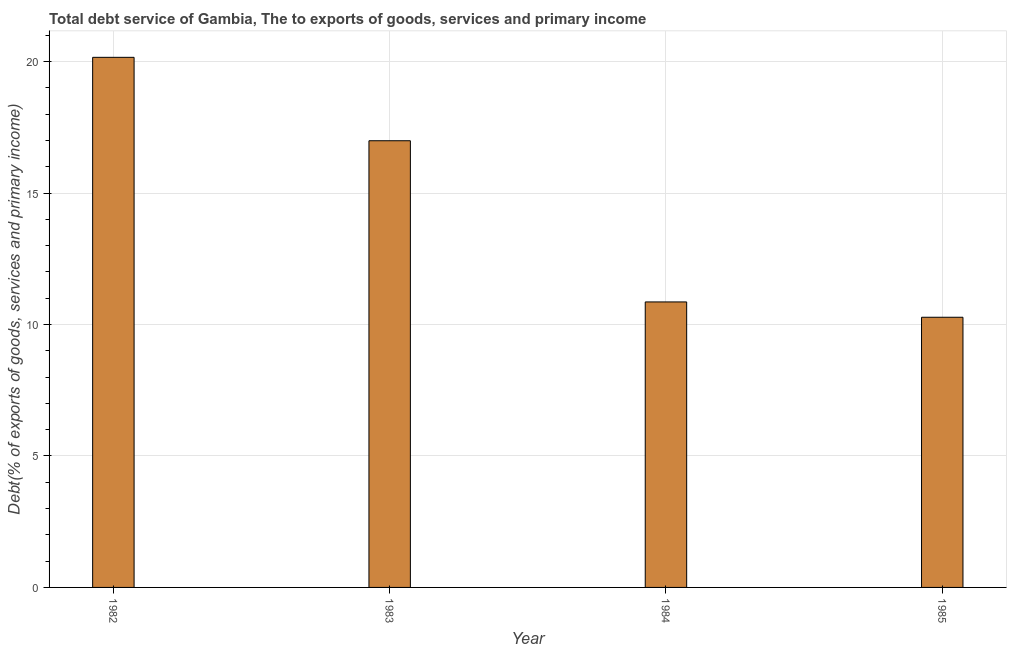
| Year | Total debt service |
 | --- | --- |
 | 1982 | 20.2 |
 | 1983 | 17 |
 | 1984 | 10.9 |
 | 1985 | 10.3 |